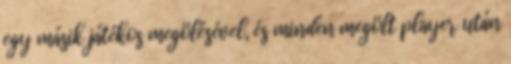
egy másik játékos megölésével, és minden megölt player után